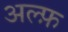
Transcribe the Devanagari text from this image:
अल्फ़